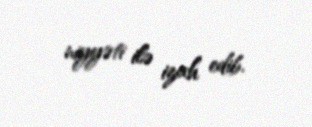
niyyəti ilə izah edib.